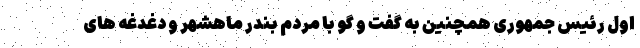
اول رئیس جمهوری همچنین به گفت و گو با مردم بندر ماهشهر و دغدغه های